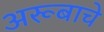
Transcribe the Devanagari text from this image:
अरूबाचे